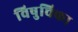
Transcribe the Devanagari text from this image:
विषुचिका